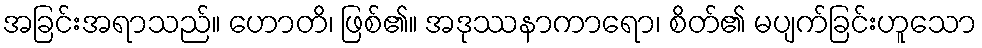
အခြင်းအရာသည်။ ဟောတိ၊ ဖြစ်၏။ အဒုဿနာကာရော၊ စိတ်၏ မပျက်ခြင်းဟူသော